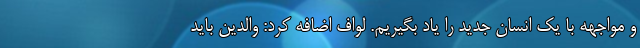
و مواجهه با یک انسان جدید را یاد بگیریم. لواف اضافه کرد: والدین باید